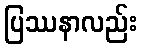
ပြဿနာလည်း